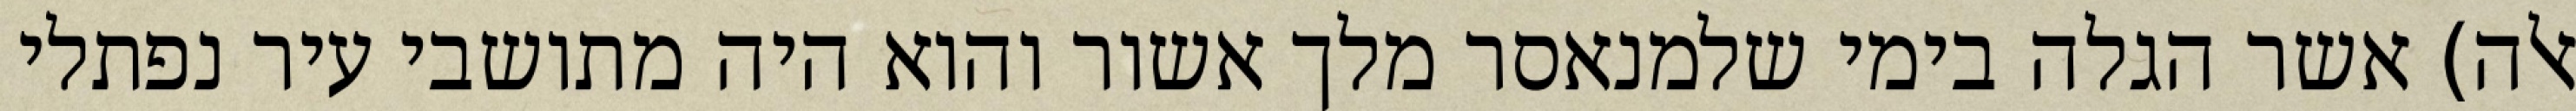
אלה) אשר הגלה בימי שלמנאסר מלך אשור והוא היה מתושבי עיר נפתלי